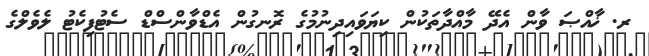
ރ. ޚާއްޞަ ވާން އެދޭ މާއްދާތަކުން ކިޔަވައިދިނުމުގެ ރޮނގުން އެޑްވާންސްޑް ސެޓުފިކެޓު ލެވެލްގެ